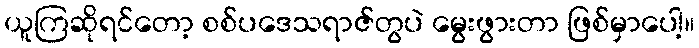
ယူကြဆိုရင်တော့ စစ်ပဒေသရာဇ်တွပဲ မွေးဖွားတာ ဖြစ်မှာပေါ့။